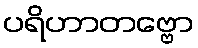
ပရိဟာတဗ္ဗော